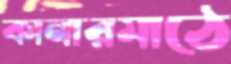
কানারমাঠে